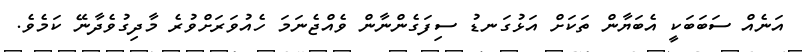
އަނެއް ސަބަބަކީ އެބަޔާން ތަކަށް އަޅުގަނޑު ސިފަގެންނާން ވެއްޖެނަމަ ހެއުވަރަށްވުރެ މާދިގުވެދާނޭ ކަމެވެ.